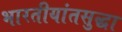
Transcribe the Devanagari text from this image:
भारतीयांतसुद्धा